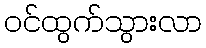
ဝင်ထွက်သွားလာ